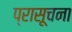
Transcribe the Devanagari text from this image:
प्रासूचना